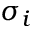
\sigma _ { i }